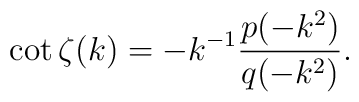
\cot\zeta(k) = -k^{-1}\frac{p(-k^2)}{q(-k^2)}.